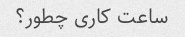
ساعت کاری چطور؟